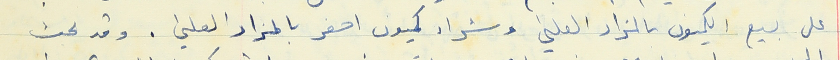
على بيع الكميون بالمزاد العلني وشراء كميون اصغر بالمزاد العلني. وقد بحث